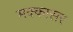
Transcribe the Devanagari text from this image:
मक्कासर